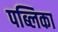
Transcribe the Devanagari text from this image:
पब्लिका